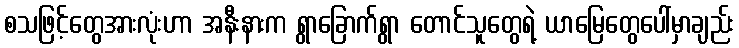
စသဖြင့်တွေအားလုံးဟာ အနီးနားက ရွာခြောက်ရွာ တောင်သူတွေရဲ့ ယာမြေတွေပေါ်မှာချည်း